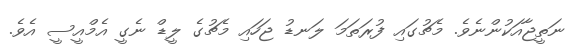
ނަތީޖާއަކުންނެވެ. މެޗުގައި ފުރަތަމަ ލަނޑު ޖަހައި މެޗުގެ ލީޑް ނެގީ އެމްއީސީ އެވެ.